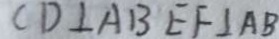
C D \bot A B E F \bot A B